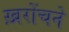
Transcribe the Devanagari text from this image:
ख़रोंचने